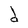
Character: d